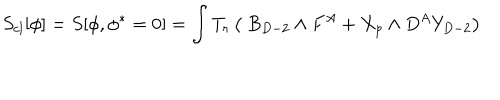
S _ { c l } [ \phi ] = S [ \phi , \phi ^ { * } = 0 ] = \int T _ { r } \left( \ B _ { D - 2 } \wedge F ^ { A } + X _ { p } \wedge D ^ { A } Y _ { D - 2 } \right)